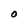
Character: O